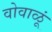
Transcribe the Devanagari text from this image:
वोवाळूं